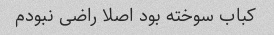
کباب سوخته بود اصلا راضی نبودم